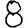
Digit: 8